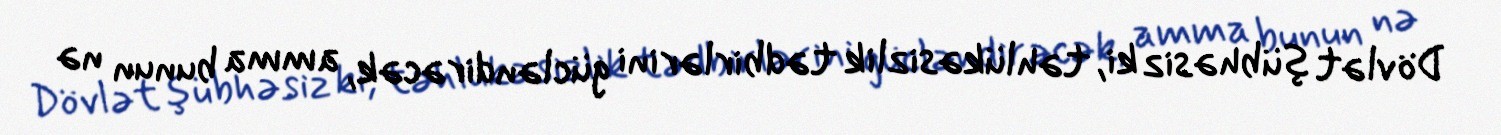
Dövlət şübhəsiz ki, təhlükəsizlik tədbirlərini gücləndirəcək, amma bunun nə